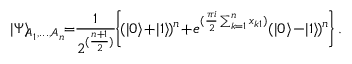
\vert \Psi \rangle _ { \! \! A _ { 1 } , . . . , A _ { n } } \! \! = \! \! \frac { 1 } { 2 ^ { ( \frac { n + 1 } { 2 } ) } } \! \! \left\{ \! ( \vert 0 \rangle \! + \! \vert 1 \rangle \! ) ^ { n } \! + \! e ^ { ( \frac { \pi i } { 2 } \sum _ { k = 1 } ^ { n } x _ { k 1 } ) } ( \vert 0 \rangle \! - \! \vert 1 \rangle \! ) ^ { n } \! \right\} .